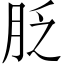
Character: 𦚖